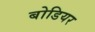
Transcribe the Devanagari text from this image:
बोडियर